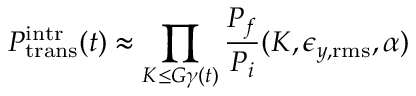
P _ { \mathrm { t r a n s } } ^ { \mathrm { i n t r } } ( t ) \approx \prod _ { K \le G \gamma ( t ) } \frac { P _ { f } } { P _ { i } } ( K , \epsilon _ { y , \mathrm { r m s } } , \alpha )